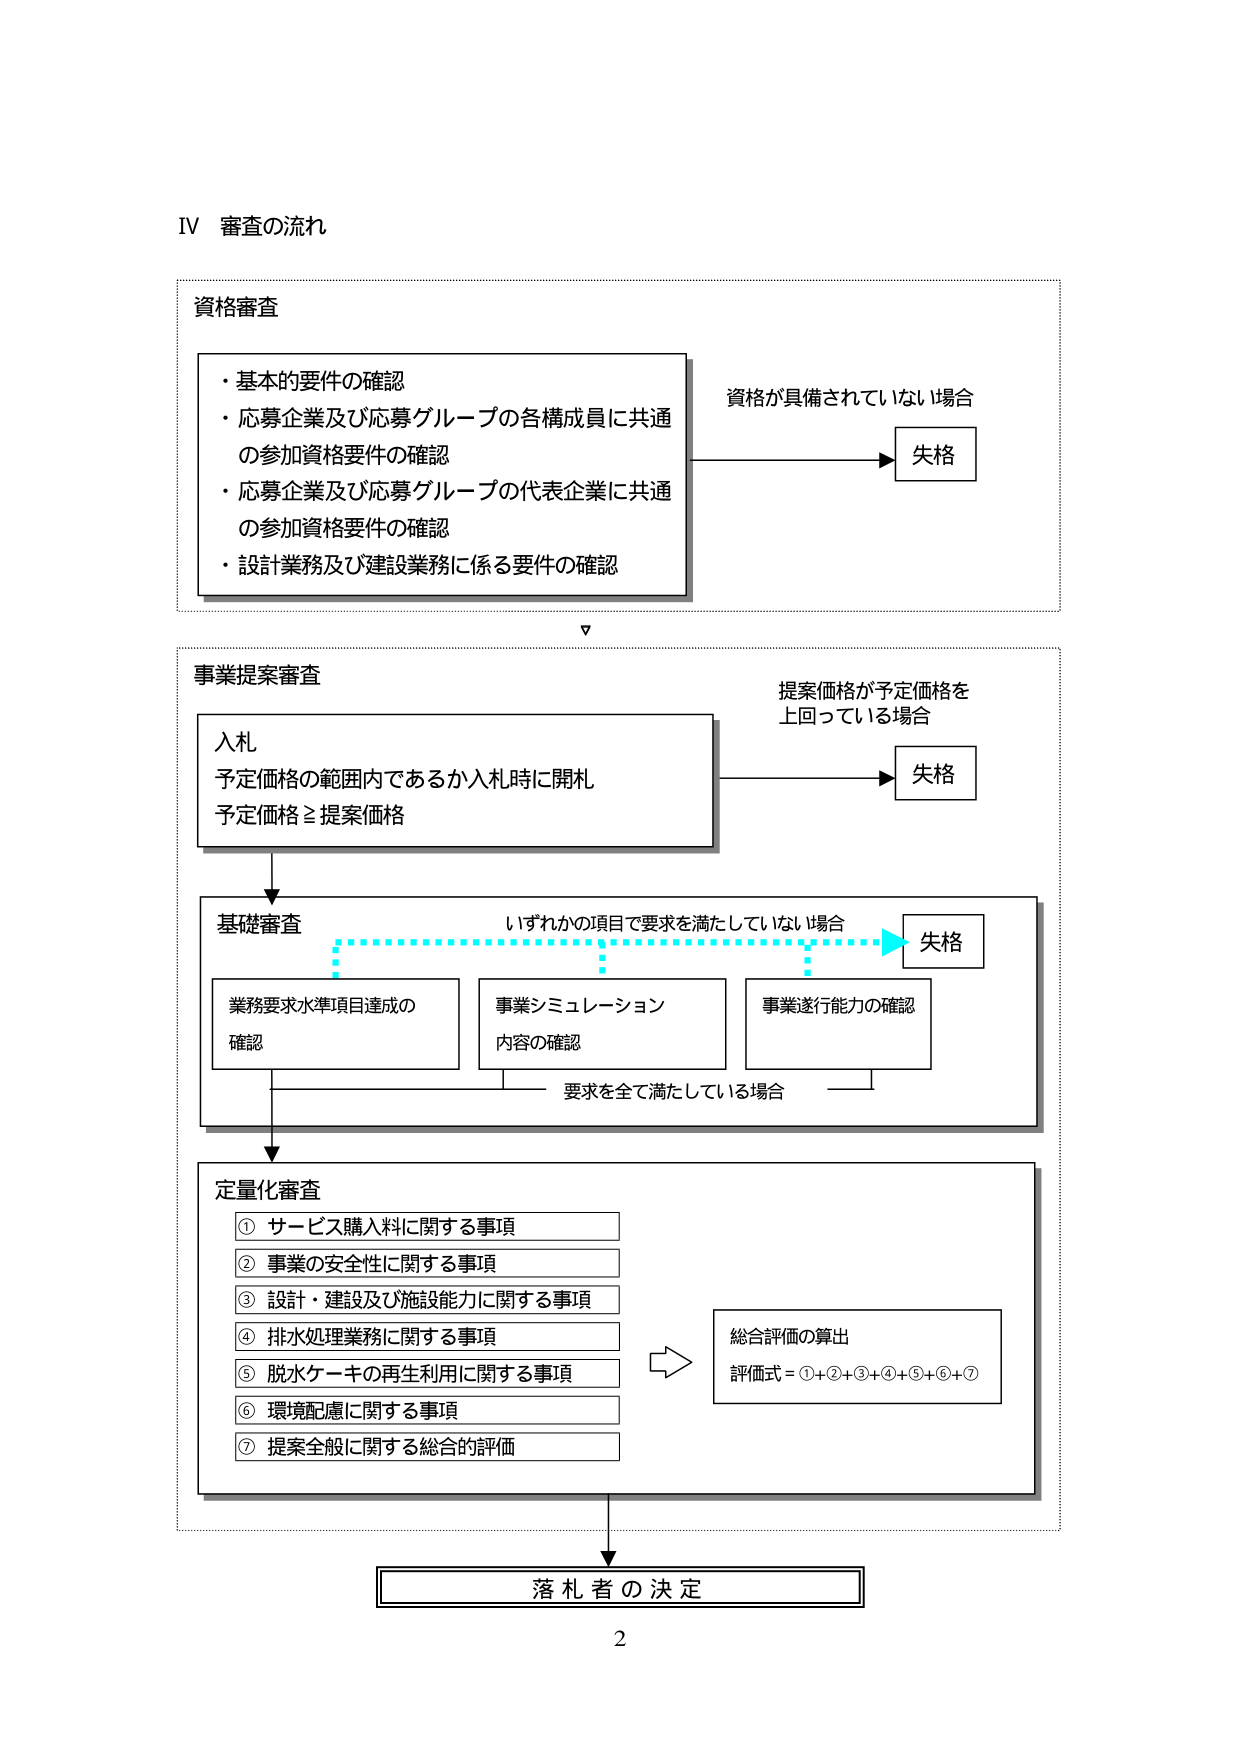
IV 審査の流れ

資格審査
・基本的要件の確認
・応募企業及び応募グループの各構成員に共通
　の参加資格要件の確認
・応募企業及び応募グループの代表企業に共通
　の参加資格要件の確認
・設計業務及び建設業務に係る要件の確認

資格が具備されていない場合
→ 失格

事業提案審査

入札
予定価格の範囲内であるか入札時に開札
予定価格 ≥ 提案価格

提案価格が予定価格を
上回っている場合
→ 失格

基礎審査

いずれかの項目で要求を満たしていない場合
→ 失格

業務要求水準項目達成の
確認

事業シミュレーション
内容の確認

事業遂行能力の確認

要求を全て満たしている場合

定量審査

① サービス購入料に関する事項
② 事業の安全性に関する事項
③ 設計・建設及び施設能力に関する事項
④ 排水処理業務に関する事項
⑤ 脱水ケーキの再生利用に関する事項
⑥ 環境配慮に関する事項
⑦ 提案全般に関する総合的評価

総合評価の算出
評価式 = ①+②+③+④+⑤+⑥+⑦

落札者の決定

2